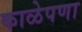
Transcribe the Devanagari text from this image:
काळेपणा